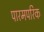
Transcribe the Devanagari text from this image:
पारमपरिक